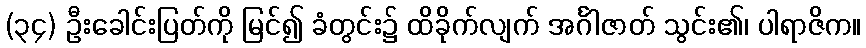
(၃၄) ဦးခေါင်းပြတ်ကို မြင်၍ ခံတွင်း၌ ထိခိုက်လျက် အင်္ဂါဇာတ် သွင်း၏၊ ပါရာဇိက။